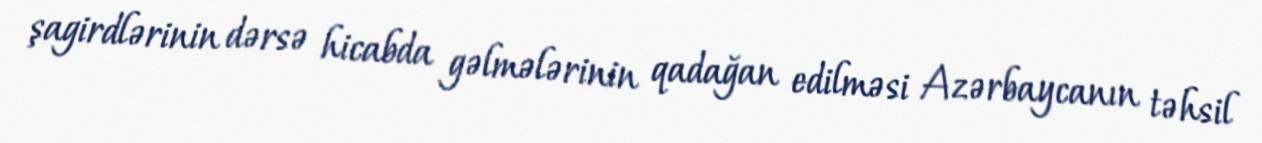
şagirdlərinin dərsə hicabda gəlmələrinin qadağan edilməsi Azərbaycanın təhsil